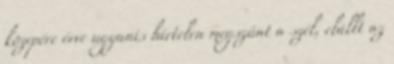
közepére érve ugyanis hirtelen megszűnt a szél, elállt az